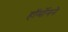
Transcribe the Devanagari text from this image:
हॉर्मोनने